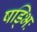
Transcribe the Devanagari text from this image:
षड्भिः